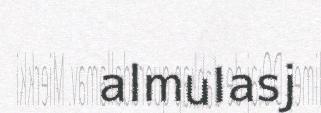
almulasj